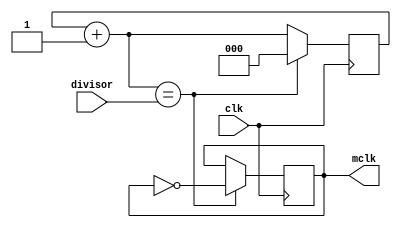
`timescale 1ns / 1ps
// Divisor de reloj para la nexys4, para converitir el reloj de i2c 
// a un rango permitido por el perifrico
//
//////////////////////////////////////////////////////////////////////////////////
module divisor_frecuencia(
    	input clk,
	input divisor, 
    	output mclk
);
	 
reg [2:0] contador= 0;
reg mclko=0;
assign mclk = mclko;

always @(posedge clk) begin
    contador = contador + 1;
      if(contador == divisor) begin
        mclko = ~mclko; //genera la seal de reloj
        contador = 0; 	//reset del contador
      end
end

endmodule